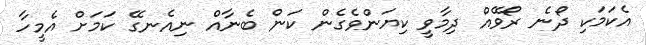
އެކަމަކި ދޯނެ ރޯވޭއް ދިމާވީ ކިޔަންވެގެން ކަން ބެނާއް ނިއެނގޭ ކަމަށް އެމީހާ